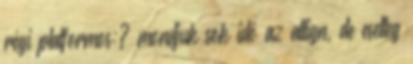
régi platformos:? mondjuk sok idő az allign, de esetleg